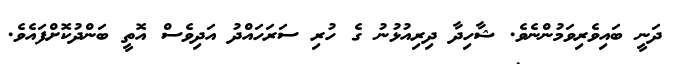
ދަނީ ބައިވެރިވަމުންނެވެ. ޝާހިދާ ދިރިއުޅުނު ގެ ހުރި ސަރަހައްދު އަދިވެސް އޮތީ ބަންދުކޮށްފައެވެ.